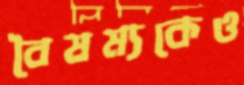
বৈষম্যকেও